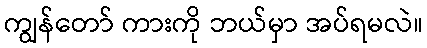
ကျွန်တော် ကားကို ဘယ်မှာ အပ်ရမလဲ။